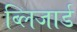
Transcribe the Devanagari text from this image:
ब्लिजार्ड